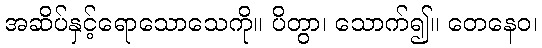
အဆိပ်နှင့်ရောသောသေကို။ ပိတွာ၊ သောက်၍။ တေနေဝ၊